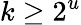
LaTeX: k\geq 2^{u}